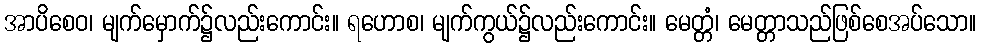
အာပိစေဝ၊ မျက်မှောက်၌လည်းကောင်း။ ရဟောစ၊ မျက်ကွယ်၌လည်းကောင်း။ မေတ္တံ၊ မေတ္တာသည်ဖြစ်စေအပ်သော။